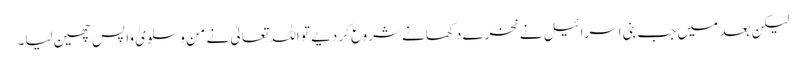
لیکن بعد میں جب بنی اسرائیل نے نخرے دکھانے شروع کر دیے تو اللہ تعالیٰ نے من و سلویٰ واپس چھین لیا۔